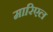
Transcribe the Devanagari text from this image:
मारिएल